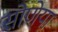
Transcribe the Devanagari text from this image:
सोणेया